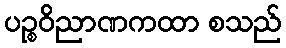
ပဉ္စဝိညာဏကထာ စသည်